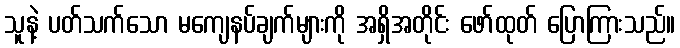
သူနဲ့ ပတ်သက်သော မကျေနပ်ချက်များကို အရှိအတိုင်း ဖော်ထုတ် ပြောကြားသည်။